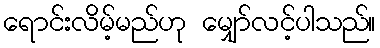
ရောင်းလိမ့်မည်ဟု မျှော်လင့်ပါသည်။